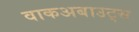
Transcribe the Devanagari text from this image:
वाकअबाउट्स